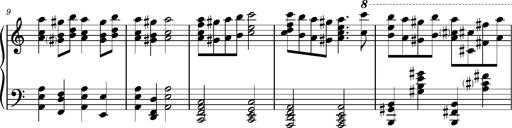
Title: RÃ¡kÃ³czi-Marsch, S.692d
Composer: Franz Liszt
Key: A minor